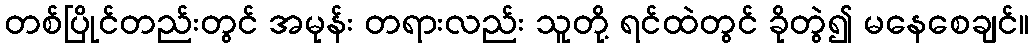
တစ်ပြိုင်တည်းတွင် အမုန်း တရားလည်း သူတို့ ရင်ထဲတွင် ခိုတွဲ၍ မနေစေချင်။